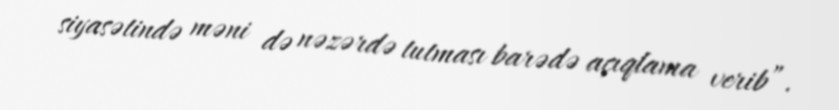
siyasətində məni də nəzərdə tutması barədə açıqlama verib”.